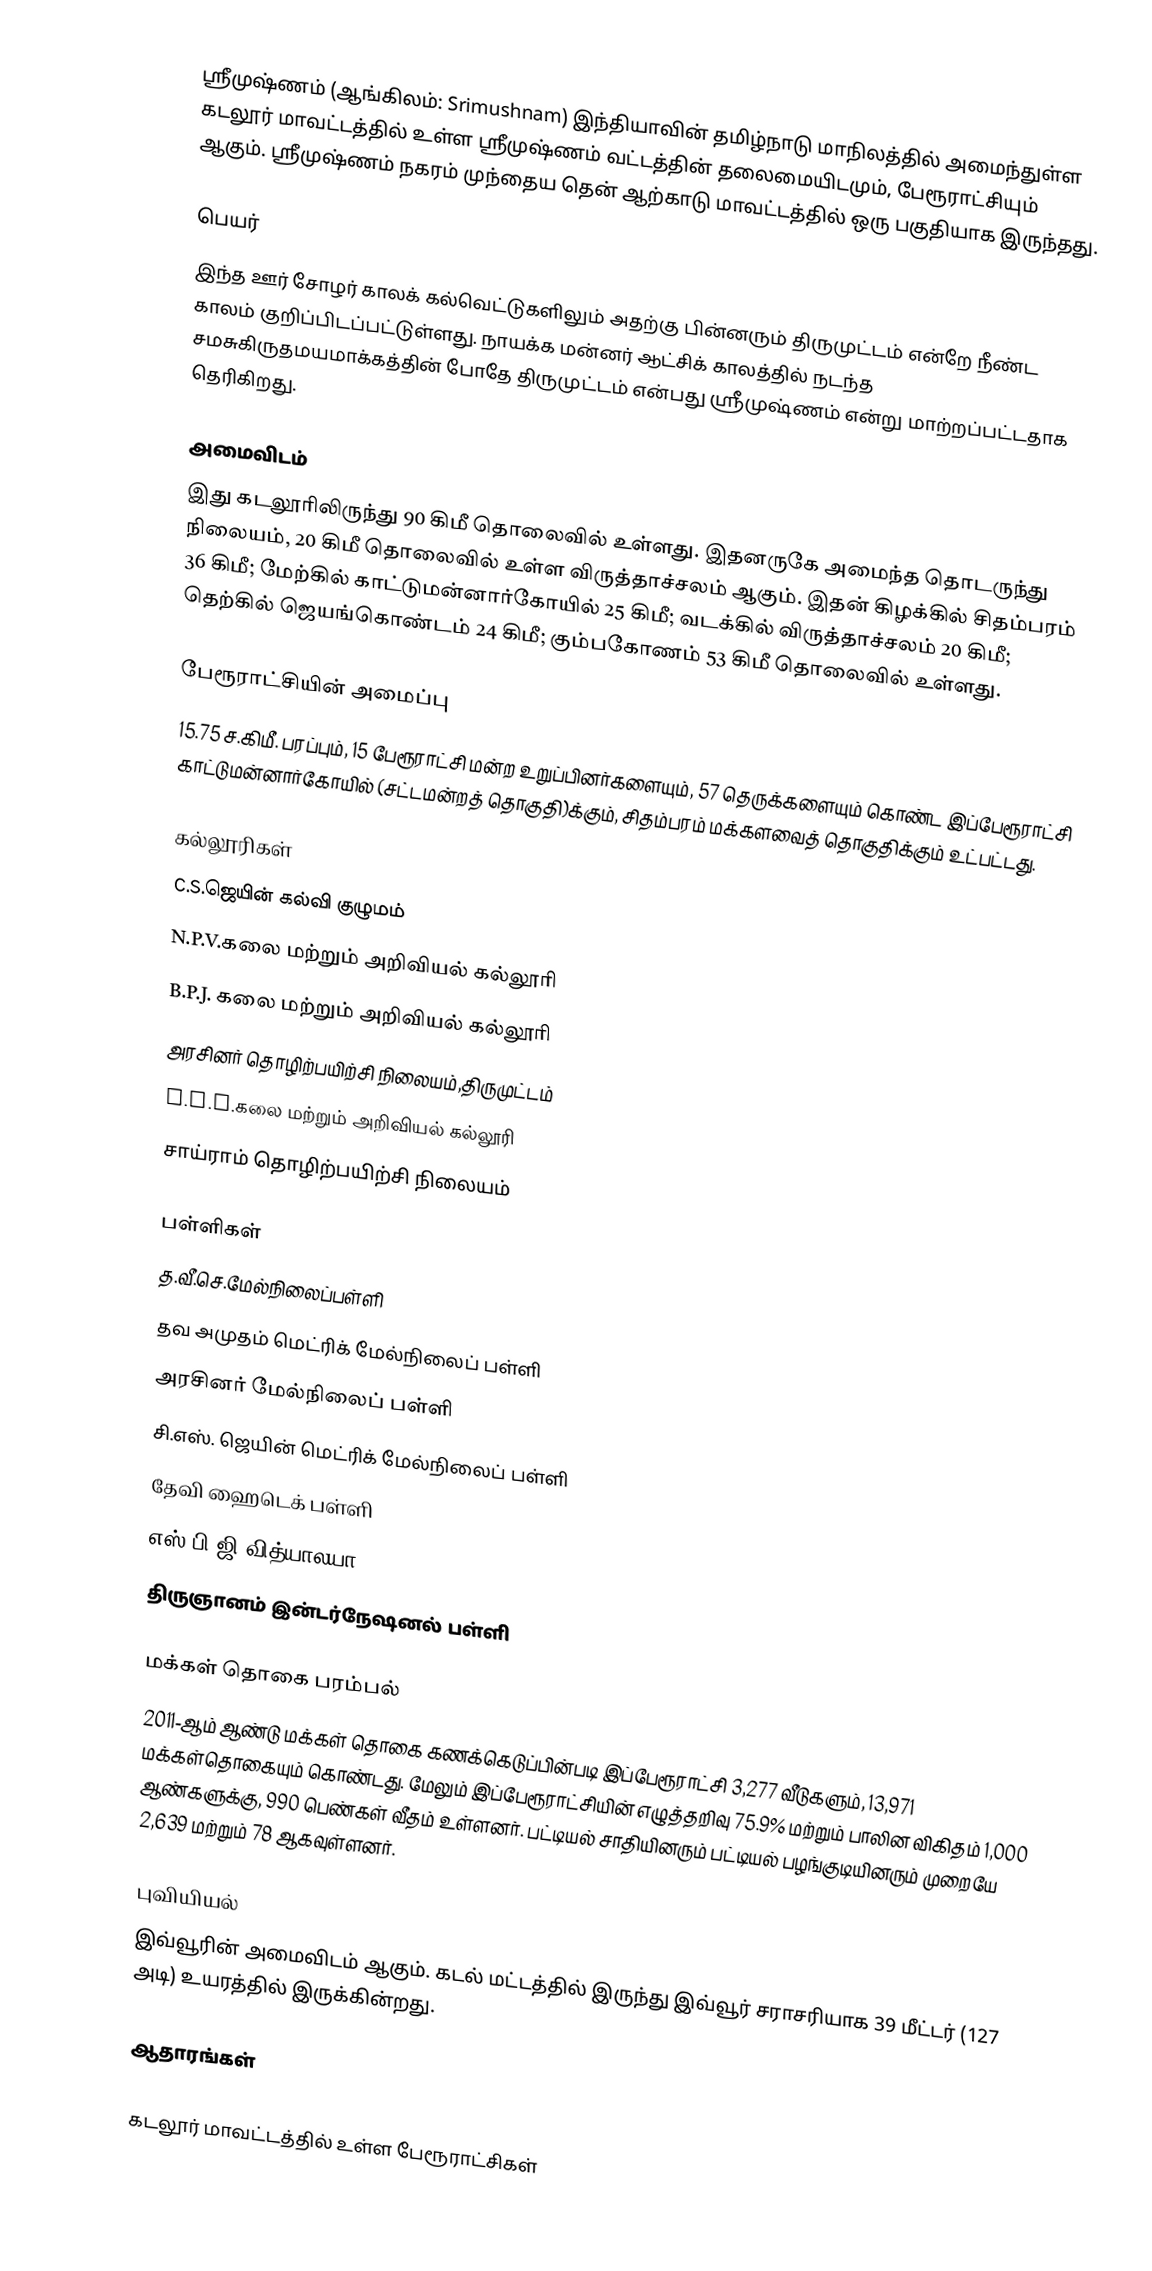
ஸ்ரீமுஷ்ணம் (ஆங்கிலம்: Srimushnam) இந்தியாவின் தமிழ்நாடு மாநிலத்தில் அமைந்துள்ள கடலூர் மாவட்டத்தில் உள்ள ஸ்ரீமுஷ்ணம் வட்டத்தின் தலைமையிடமும், பேரூராட்சியும் ஆகும். ஸ்ரீமுஷ்ணம் நகரம் முந்தைய தென் ஆற்காடு மாவட்டத்தில் ஒரு பகுதியாக இருந்தது.

பெயர்
இந்த ஊர் சோழர் காலக் கல்வெட்டுகளிலும் அதற்கு பின்னரும் திருமுட்டம் என்றே நீண்ட காலம் குறிப்பிடப்பட்டுள்ளது. நாயக்க மன்னர் ஆட்சிக் காலத்தில் நடந்த சமசுகிருதமயமாக்கத்தின் போதே திருமுட்டம் என்பது ஸ்ரீமுஷ்ணம் என்று மாற்றப்பட்டதாக தெரிகிறது.

அமைவிடம்
இது கடலூரிலிருந்து 90 கிமீ தொலைவில் உள்ளது. இதனருகே அமைந்த தொடருந்து நிலையம், 20 கிமீ தொலைவில் உள்ள விருத்தாச்சலம் ஆகும். இதன் கிழக்கில் சிதம்பரம் 36 கிமீ; மேற்கில் காட்டுமன்னார்கோயில் 25 கிமீ; வடக்கில் விருத்தாச்சலம் 20 கிமீ; தெற்கில் ஜெயங்கொண்டம் 24 கிமீ; கும்பகோணம் 53 கிமீ தொலைவில் உள்ளது.

பேரூராட்சியின் அமைப்பு
15.75 ச.கிமீ. பரப்பும், 15 பேரூராட்சி மன்ற உறுப்பினர்களையும், 57 தெருக்களையும் கொண்ட இப்பேரூராட்சி காட்டுமன்னார்கோயில் (சட்டமன்றத் தொகுதி)க்கும், சிதம்பரம் மக்களவைத் தொகுதிக்கும் உட்பட்டது.

கல்லூரிகள்
C.S.ஜெயின் கல்வி குழுமம்
N.P.V.கலை மற்றும் அறிவியல் கல்லூரி
B.P.J. கலை மற்றும் அறிவியல் கல்லூரி
அரசினர் தொழிற்பயிற்சி நிலையம்,திருமுட்டம்
S.B.G.கலை மற்றும் அறிவியல் கல்லூரி
சாய்ராம் தொழிற்பயிற்சி நிலையம்

பள்ளிகள்
த.வீ.செ.மேல்நிலைப்பள்ளி
தவ அமுதம் மெட்ரிக் மேல்நிலைப் பள்ளி
அரசினர் மேல்நிலைப் பள்ளி
சி.எஸ். ஜெயின் மெட்ரிக் மேல்நிலைப் பள்ளி
 தேவி ஹைடெக் பள்ளி
எஸ்.பி.ஜி.வித்யாலயா
திருஞானம் இன்டர்நேஷனல் பள்ளி

மக்கள் தொகை பரம்பல்
2011-ஆம் ஆண்டு மக்கள் தொகை கணக்கெடுப்பின்படி இப்பேரூராட்சி 3,277 வீடுகளும், 13,971 மக்கள்தொகையும் கொண்டது. மேலும் இப்பேரூராட்சியின் எழுத்தறிவு 75.9% மற்றும் பாலின விகிதம் 1,000 ஆண்களுக்கு, 990 பெண்கள் வீதம் உள்ளனர். பட்டியல் சாதியினரும் பட்டியல் பழங்குடியினரும் முறையே 2,639 மற்றும் 78 ஆகவுள்ளனர்.

புவியியல்
இவ்வூரின் அமைவிடம்  ஆகும். கடல் மட்டத்தில் இருந்து இவ்வூர் சராசரியாக 39 மீட்டர் (127 அடி) உயரத்தில் இருக்கின்றது.

ஆதாரங்கள்

கடலூர் மாவட்டத்தில் உள்ள பேரூராட்சிகள்